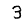
Digit: 3